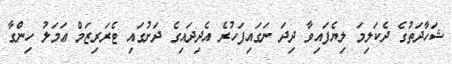
ޝަހާދަތުގެ ދެކަލިމަ ލިޔެފައިވާ ދިދަ ނަގައިފަހުރެ އެދިދައިގެ ދަށުގައި ޓެރަރިޒަމް ޢަމަލު ހިންގާ